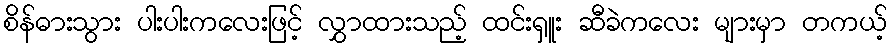
စိန်ဓားသွား ပါးပါးကလေးဖြင့် လွှာထားသည့် ထင်းရှူး ဆီခဲကလေး များမှာ တကယ့်